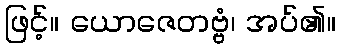
ဖြင့်။ ယောဇေတဗ္ဗံ၊ အပ်၏။